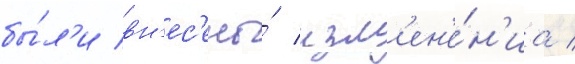
бы́л'и вн'ес'ены́ изм'ен'е́н'иа /